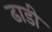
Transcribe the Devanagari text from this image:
ढाडी